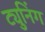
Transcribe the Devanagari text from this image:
ट्युनिंग